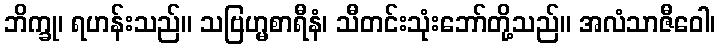
ဘိက္ခု၊ ရဟန်းသည်။ သဗြဟ္မစာရီနံ၊ သီတင်းသုံးဘော်တို့သည်။ အလံသာဇီဝေါ၊